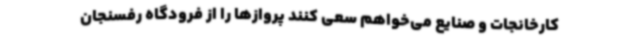
کارخانجات و صنایع می‌خواهم سعی کنند پروازها را از فرودگاه رفسنجان